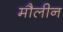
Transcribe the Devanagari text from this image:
मौलीन